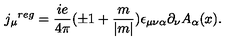
{ j _ { \mu } } ^ { r e g } = \frac { i e } { 4 \pi } ( \pm 1 + \frac { m } { | m | } ) \epsilon _ { \mu \nu \alpha } \partial _ { \nu } A _ { \alpha } ( x ) .